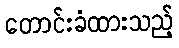
တောင်းခံထားသည့်